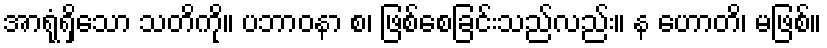
အာရုံရှိသော သတိကို။ ပဘာဝနာ စ၊ ဖြစ်စေခြင်းသည်လည်း။ န ဟောတိ၊ မဖြစ်။